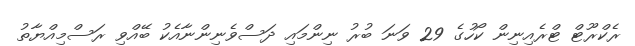
ރެކްރޫޓް ޓްރެއިނިން ކޯހުގެ 29 ވަނަ ބުރު ނިންމައި ދަސްވެނިންނާއެކު ބޭއްވި ރަސްމިއްޔާތު